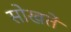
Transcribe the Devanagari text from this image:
सोखतें